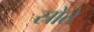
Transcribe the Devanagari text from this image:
स्रोते